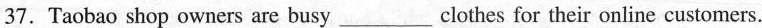
37.Taobao shop owners are busy___clothes for their online customers.